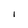
Character: I